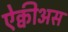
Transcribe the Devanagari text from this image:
ऐक्वीअस